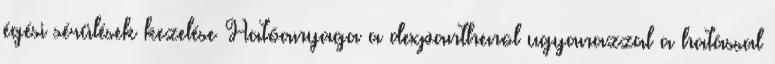
égési sérülések kezelése Hatóanyaga a dexpanthenol ugyanazzal a hatással